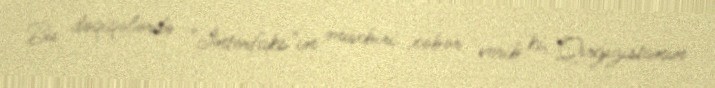
Bu dəqiqələrdə "İnterfaks"ın müxbiri xəbər verib ki, Qırğızıstanın